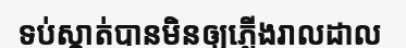
ទប់ស្កាត់បានមិនឲ្យភ្លើងរាលដាល